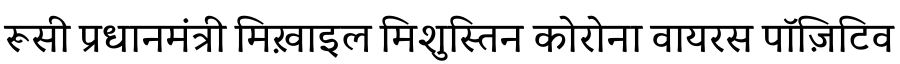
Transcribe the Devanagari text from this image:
रूसी प्रधानमंत्री मिख़ाइल मिशुस्तिन कोरोना वायरस पॉज़िटिव